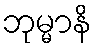
ဘုမ္မာနိ